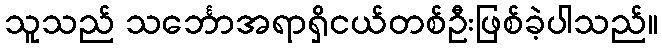
သူသည် သင်္ဘောအရာရှိငယ်တစ်ဦးဖြစ်ခဲ့ပါသည်။